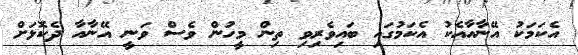
އެކަމަކު އޭނާއާއެކު އެކަމުގައި ބައިވެރިވި ތިން މީހުން ވެސް ވަނީ އޭނާއާ ދެކޮޅަށް